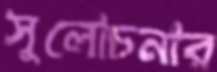
সুলোচনার